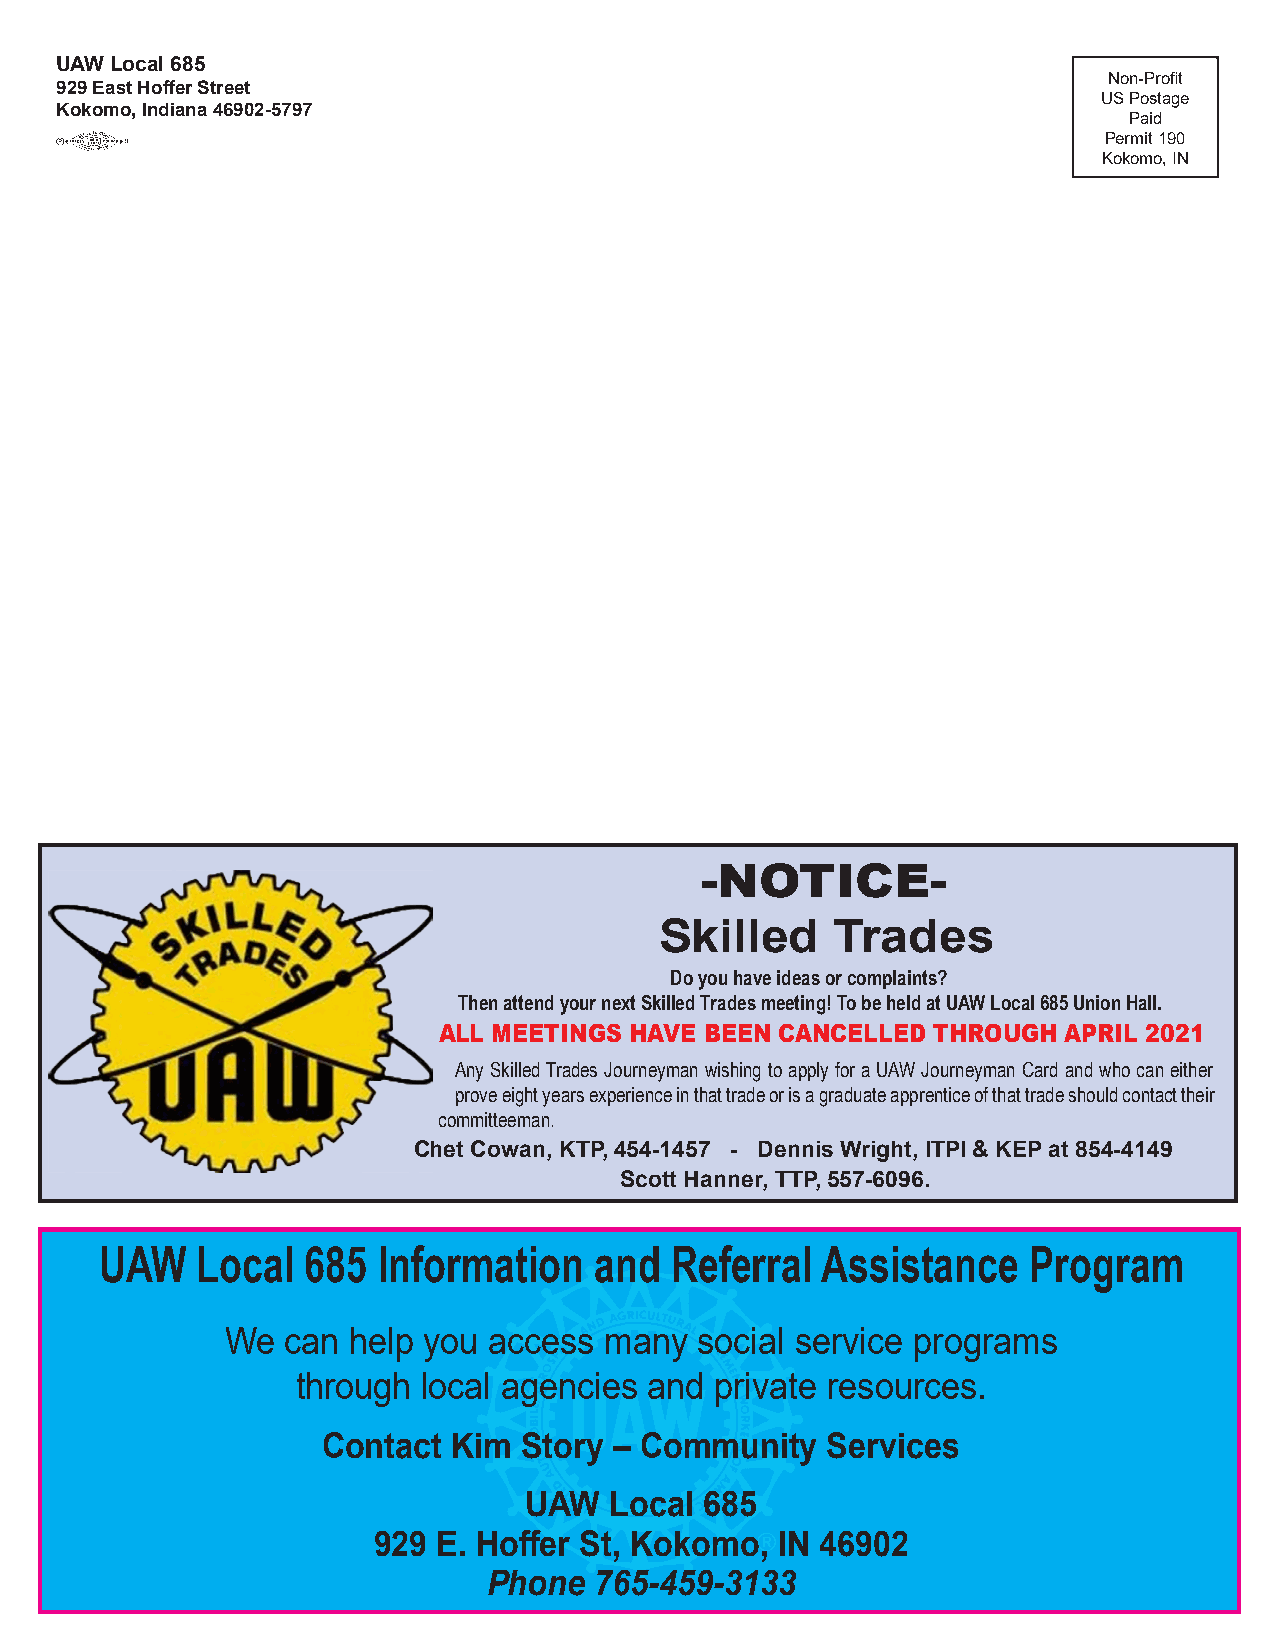
UAW Local 685
 Non-Profit
 929 East Hoffer Street
 US Postage
 Kokomo, Indiana 46902-5797
 Paid
 Permit 190
 Kokomo, IN
 -NOTICE-
 Skilled    Trades
 Do you have ideas or complaints?
 Then attend your next Skilled Trades meeting! To be held at UAW Local 685 Union Hall.
 ALL MEETINGS HAVE BEEN CANCELLED THROUGH  APRIL 2021
 Any Skilled Trades Journeyman wishing to apply for a UAW Journeyman Card and who can either
 prove eight years experience in that trade or is a graduate apprentice of that trade should contact their
 committeeman.
 Chet Cowan, KTP, 454-1457 - Dennis Wright, ITPI & KEP at 854-4149
 Scott Hanner, TTP, 557-6096.
 UAW   Local  685  Information   and  Referral  Assistance    Program
 We  can help you access  many  social service programs
 through local agencies and private resources.
 Contact  Kim  Story – Community   Services
 UAW  Local  685
 929 E. Hoffer St, Kokomo, IN 46902
 Phone  765-459-3133